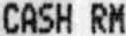
CASH RM